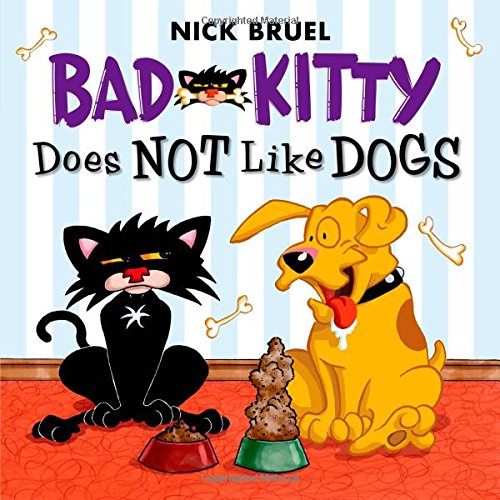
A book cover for Bad Kitty Does Not Like Dogs; Nick Bruel; Children's Books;